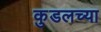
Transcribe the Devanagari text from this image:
कुडलच्या